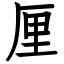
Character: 厘